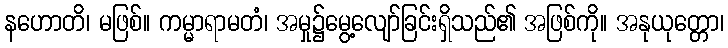
နဟောတိ၊ မဖြစ်။ ကမ္မာရာမတံ၊ အမှု၌မွေ့လျော်ခြင်းရှိသည်၏ အဖြစ်ကို။ အနုယုတ္တော၊